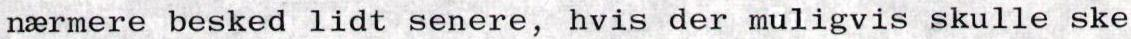
nærmere besked lidt senere, hvis der muligvis skulle ske